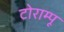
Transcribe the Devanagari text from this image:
टोराम्पू